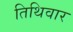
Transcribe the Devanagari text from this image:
तिथिवार